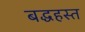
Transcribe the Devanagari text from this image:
बद्धहस्त